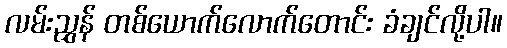
လမ်းညွှန် တစ်ယောက်လောက်တောင်း ခံချင်လို့ပါ။